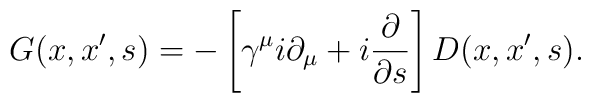
G(x,x^{\prime },s)=-\left[ \gamma ^\mu i\partial _\mu +i\frac \partial{\partial s}\right] D(x,x^{\prime },s).